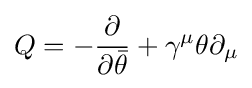
Q=-{\frac {\partial }{\partial {\bar {\theta }}}}+\gamma ^{\mu }\theta \partial _{\mu }